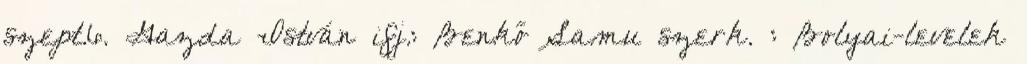
szept.6. Gazda István ifj.: Benkő Samu szerk. : Bolyai-levelek